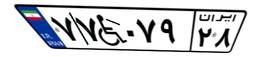
۷۷W۰۷۹۲۸